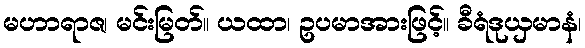
မဟာရာဇ၊ မင်းမြတ်။ ယထာ၊ ဥပမာအားဖြင့်။ ခီရံဒုယှမာနံ၊